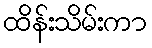
ထိန်းသိမ်းကာ